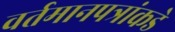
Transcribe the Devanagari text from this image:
वर्तमानपत्रांकडे